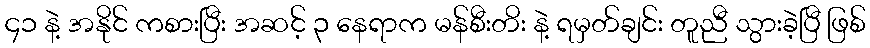
၄၁ နဲ့ အနိုင် ကစားပြီး အဆင့် ၃ နေရာက မန်စီးတိး နဲ့ ရမှတ်ချင်း တူညီ သွားခဲ့ပြီ ဖြစ်